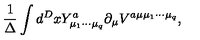
\frac { 1 } { \Delta } \int d ^ { D } x Y _ { { \mu } _ { 1 } { \cdots } { \mu } _ { q } } ^ { a } { \partial } _ { \mu } V ^ { a { \mu } { \mu } _ { 1 } { \cdots } { \mu } _ { q } } ,